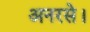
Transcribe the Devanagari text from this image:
अनरसे।